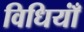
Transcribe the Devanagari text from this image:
विधियाँं